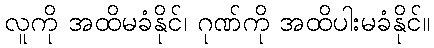
လူကို အထိမခံနိုင်၊ ဂုဏ်ကို အထိပါးမခံနိုင်။